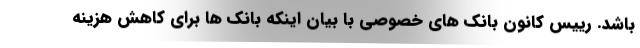
باشد. رییس کانون بانک های خصوصی با بیان اینکه بانک ها برای کاهش هزینه